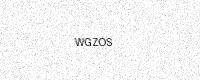
Text: WGZOS